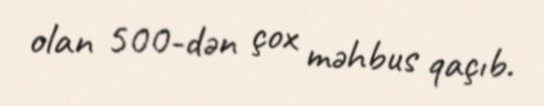
olan 500-dən çox məhbus qaçıb.